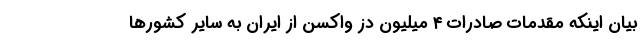
بیان اینکه مقدمات صادرات ۴ میلیون دز واکسن از ایران به سایر کشورها